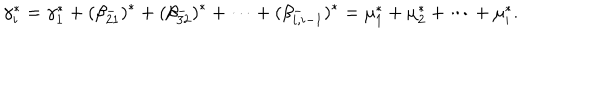
\gamma _ { i } ^ { * } = \gamma _ { 1 } ^ { * } + ( \beta _ { 2 1 } ^ { - } ) ^ { * } + ( \beta _ { 3 2 } ^ { - } ) ^ { * } + \cdots + ( \beta _ { i , i - 1 } ^ { - } ) ^ { * } = \mu _ { 1 } ^ { * } + \mu _ { 2 } ^ { * } + \cdots + \mu _ { i } ^ { * } .